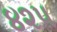
૪૨૫